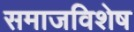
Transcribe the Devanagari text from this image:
समाजविशेष